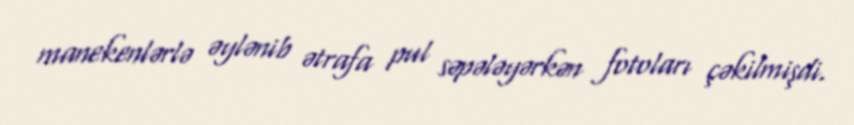
manekenlərlə əylənib ətrafa pul səpələyərkən fotoları çəkilmişdi.